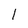
Character: 1